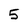
Character: 5